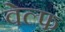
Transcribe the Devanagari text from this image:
वेल्फ